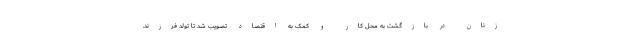
زنان در بازگشت به محل کار و کمک به اقتصاد تصویب شد تا تولد فرزند.